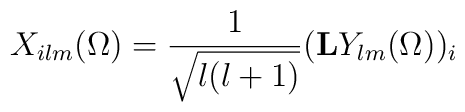
X_{ilm}(\Omega) = \frac{1}{\sqrt{l(l+1)}} ({\rm{\bf L}} Y_{lm}(\Omega))_i